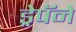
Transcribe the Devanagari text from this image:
ड्रेपॅने